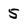
Character: 5